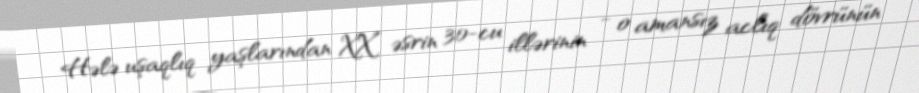
Hələ uşaqlıq yaşlarından XX əsrin 30-cu illərinin - o amansız aclıq dövrünün